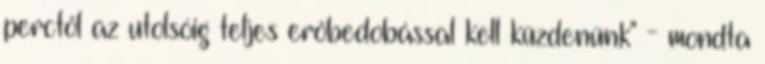
perctől az utolsóig teljes erőbedobással kell küzdenünk" - mondta